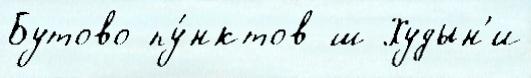
Бутово пу́нктов ш Худын'и